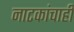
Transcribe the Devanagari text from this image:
नाटकांचाही